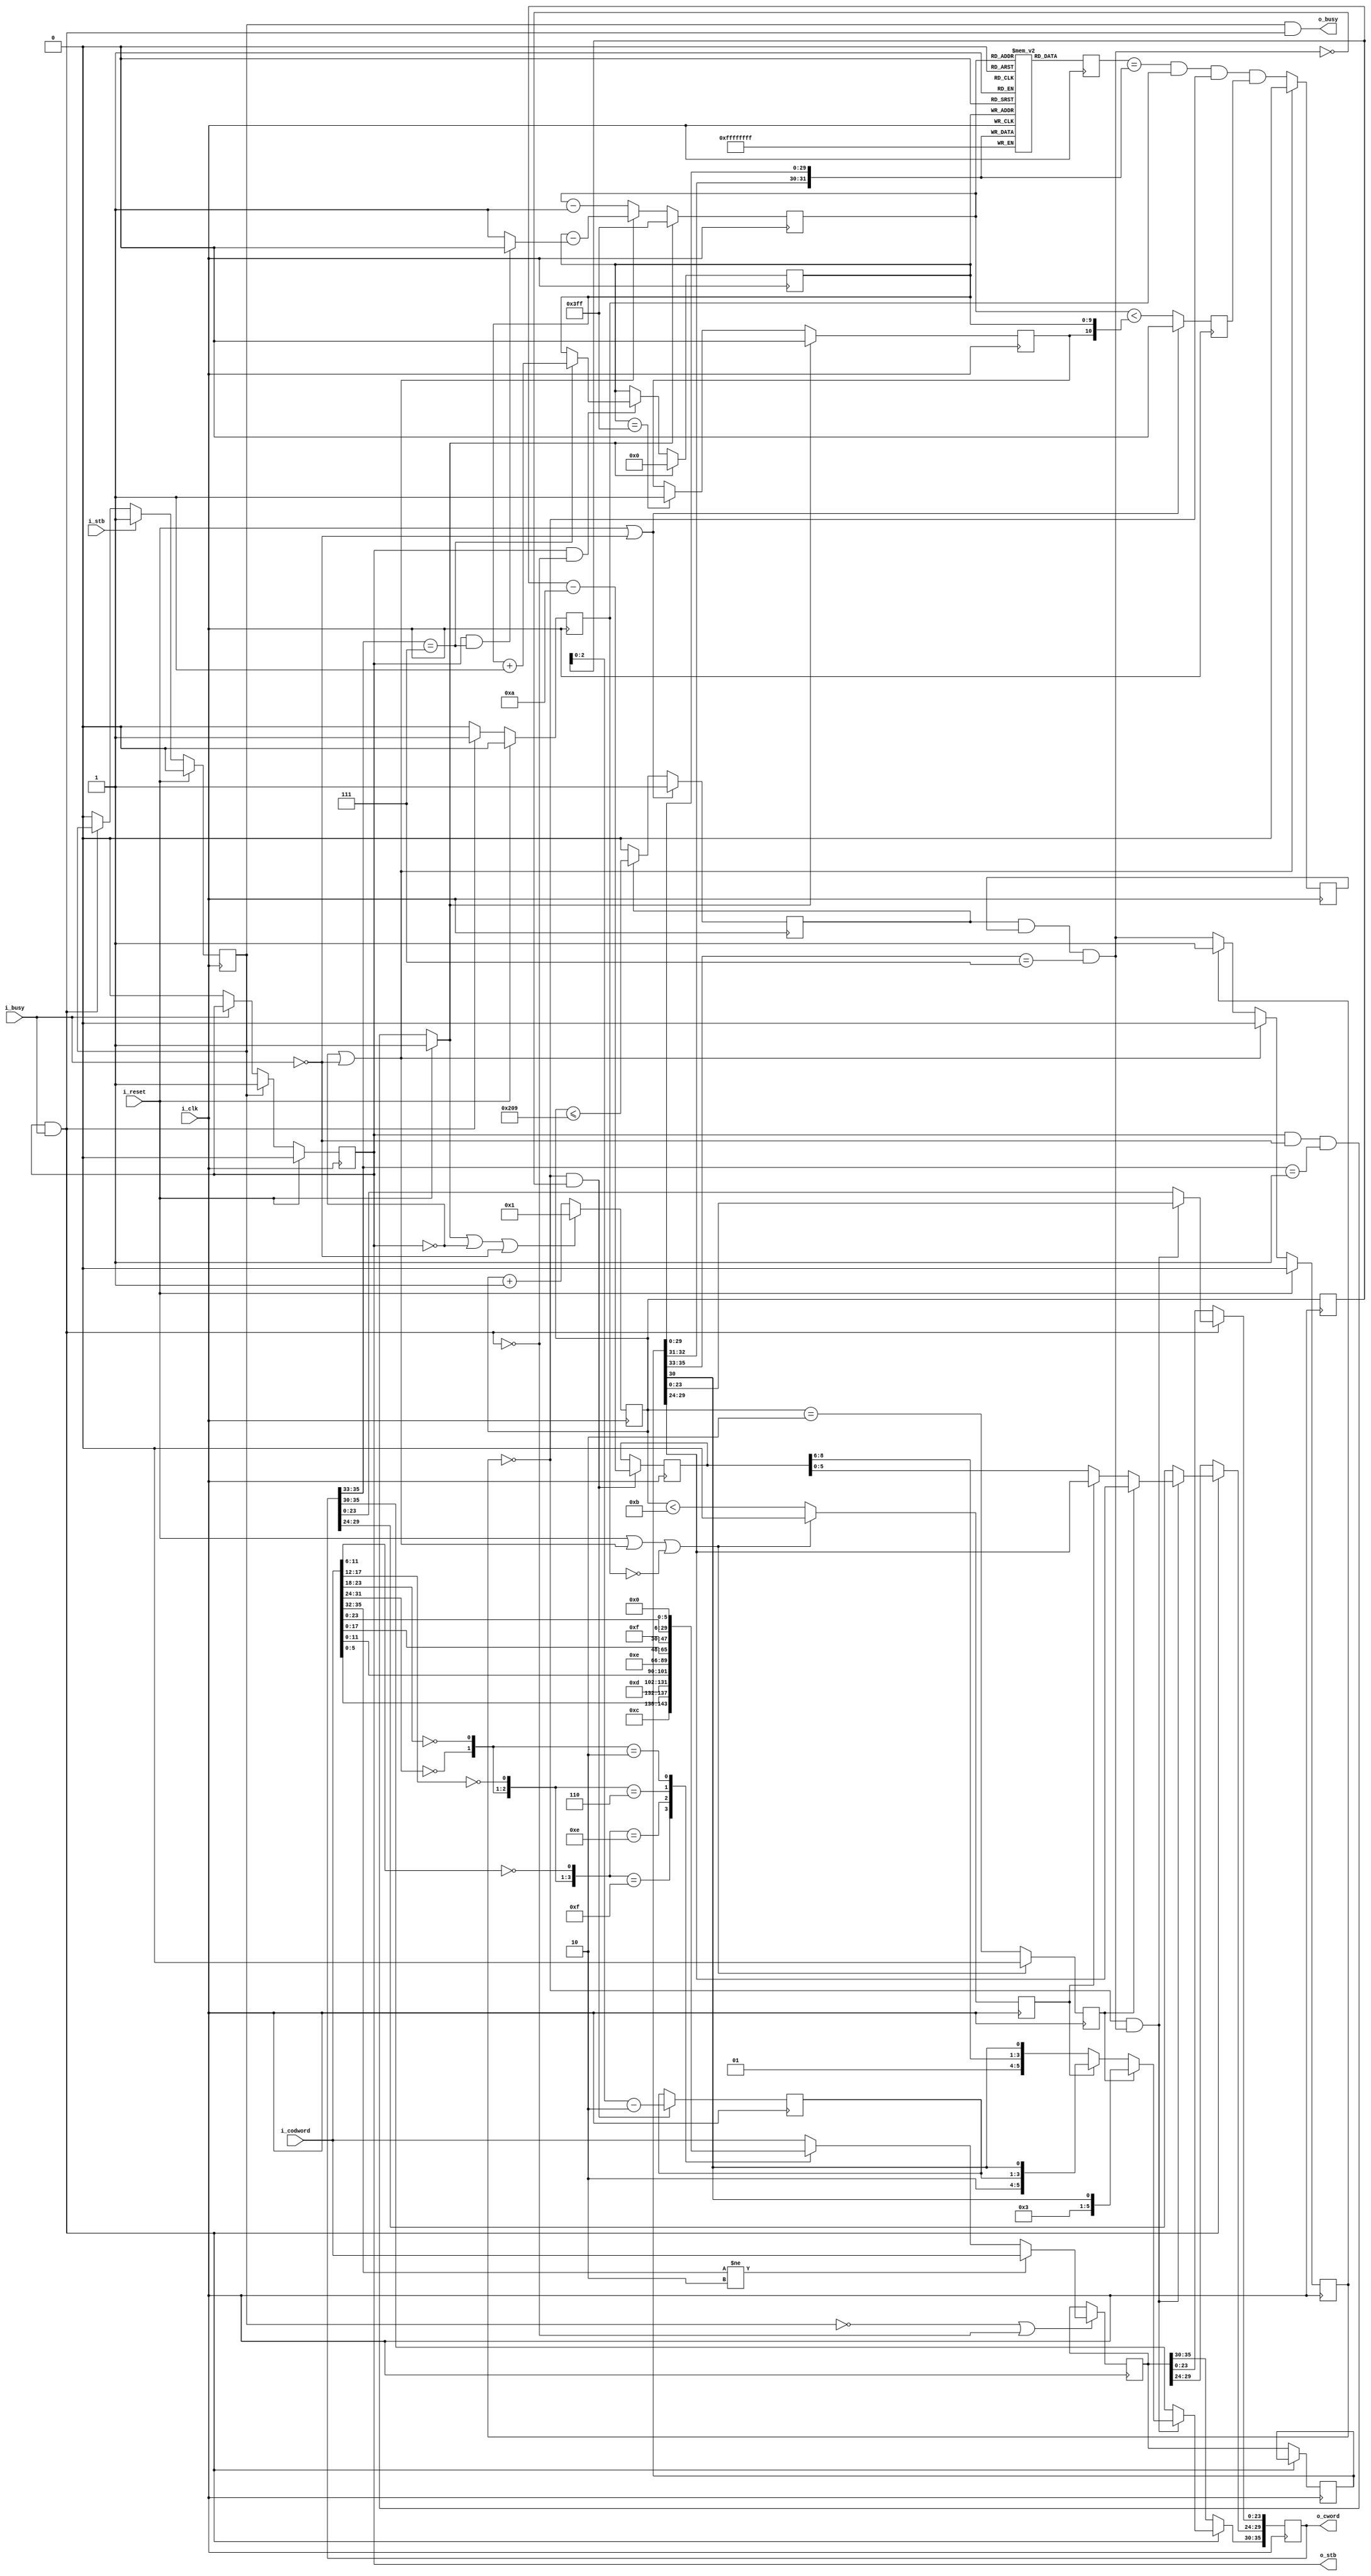
module	wbucompress(i_clk, i_reset, i_stb, i_codword, i_busy, o_stb, o_cword,
		o_busy);
	parameter	DW=32, CW=36, TBITS=10;
	input	wire			i_clk, i_reset, i_stb;
	input	wire	[(CW-1):0]	i_codword;
	input	wire			i_busy;
	output	reg			o_stb;
	output	wire	[(CW-1):0]	o_cword;
	output	wire			o_busy;

	//
	//
	// First stage is to compress the address.
	// This stage requires one clock.
	//
	//	ISTB,ICODWORD
	//	ISTB2,IWRD2	ASTB,AWORD
	//	ISTB3,IWRD3	ASTB2,AWRD2	I_BUSY(1)
	//	ISTB3,IWRD3	ASTB2,AWRD2	I_BUSY(1)
	//	ISTB3,IWRD3	ASTB2,AWRD2	I_BUSY(1)
	//	ISTB3,IWRD3	ASTB2,AWRD2
	//	ISTB4,IWRD4	ASTB3,AWRD3	I_BUSY(2)
	//	ISTB4,IWRD4	ASTB3,AWRD3	I_BUSY(2)
	//	ISTB4,IWRD4	ASTB3,AWRD3	I_BUSY(2)
	reg		aword_valid;
	reg	[35:0]	a_addrword;
	wire	[31:0]	w_addr;
	wire	[3:0]	addr_zcheck;
	reg		tbl_busy;

	////////////////////////////////////////////////////////////////////////
	//
	// Address compression stage
	//
	////////////////////////////////////////////////////////////////////////
	//
	//
	assign	w_addr = i_codword[31:0];
	assign	addr_zcheck[0] = (w_addr[11: 6] == 0);
	assign	addr_zcheck[1] = (w_addr[17:12] == 0);
	assign	addr_zcheck[2] = (w_addr[23:18] == 0);
	assign	addr_zcheck[3] = (w_addr[31:24] == 0);

	assign	o_busy = aword_valid && tbl_busy;

	always @(posedge i_clk)
	if (!aword_valid || !tbl_busy)
	begin
		if (i_codword[35:32] != 4'h2)
			a_addrword <= i_codword;
		else casez(addr_zcheck)
		4'b1111: a_addrword <= { 6'hc, w_addr[ 5:0], 24'h00 };
		4'b1110: a_addrword <= { 6'hd, w_addr[11:0], 18'h00 };
		4'b110?: a_addrword <= { 6'he, w_addr[17:0], 12'h00 };
		4'b10??: a_addrword <= { 6'hf, w_addr[23:0],  6'h00 };
		default: a_addrword <= i_codword;
		endcase
	end

	// aword_valid is the output of the address compression stage
	initial	aword_valid = 1'b0;
	always @(posedge i_clk)
	if (i_reset)
		aword_valid <= 1'b0;
	else if (i_stb)
		aword_valid <= 1'b1;
	else if (!tbl_busy)
		aword_valid <= 1'b0;

	////////////////////////////////////////////////////////////////////////
	wire			w_accepted;
	reg	[35:0]		r_word;
	reg	[(TBITS-1):0]	tbl_addr;
	reg			tbl_filled;
	reg	[31:0]		compression_tbl	[0:((1<<TBITS)-1)];
	reg	[(TBITS-1):0]	rd_addr;
	reg			pmatch;
	reg			dmatch, // Match, on clock 'd'
				vaddr;	// Was the address valid then?
	reg	[(DW-1):0]	cword;
	reg	[(TBITS-1):0]	maddr;
	reg			matched;	// Have we matched already?
	reg			zmatch, hmatch;
	reg	[9:0]		adr_dbld;
	reg	[2:0]		adr_hlfd;
	reg	[(CW-1):0]	r_cword; // Record our result
	reg	[TBITS-1:0]	dffaddr;
	reg			clear_table;
	reg			addr_within_table;
	wire			w_match;



	integer	k;

	//
	//
	// The next stage attempts to replace data codewords with previous
	// codewords that may have been sent.  The memory is only allowed
	// to be as old as the last new address command.  In this fashion,
	// any program that wishes to talk to the device can start with a
	// known compression table by simply setting the address and then
	// reading from the device.
	//

	// We start over any time a new value shows up, and
	// the follow-on isn't busy and can take it.  Likewise,
	// we reset the writer on the compression any time a
	// i_clr value comes through (i.e., ~i_cyc or new
	// address)

	assign	w_accepted = (o_stb)&&(!tbl_busy);
	always @(*)
		tbl_busy = (o_stb && i_busy);

	always @(posedge i_clk)
	if (!tbl_busy)
		r_word <= a_addrword;


	//
	// First step of the compression is keeping track of a compression
	// table.  And the first part of that is keeping track of what address
	// to write into the compression table, and whether or not the entire
	// table is full or not.  This logic follows:
	//
	// First part, write the compression table

	always @(*)
	if (i_reset)
		clear_table = 1;
	else begin
		// If we send a new address, then reset the table to empty
		//
		//
		// Reset on new address (0010xx) and on new compressed
		// addresses (0011ll).

		clear_table = (o_stb && !i_busy && (o_cword[35:33] == 3'b001));
	end

	initial	tbl_addr = 0;
	always @(posedge i_clk)
	if (clear_table)
		tbl_addr <= 0;
	else if (w_accepted)
	begin
		// Otherwise, on any valid return result that wasn't
		// from our table, for whatever reason (such as didn't
		// have the clocks to find it, etc.), increment the
		// address to add another value into our table
		if (o_cword[35:33] == 3'b111)
			tbl_addr <= tbl_addr + {{(TBITS-1){1'b0}},1'b1};
	end

	initial	tbl_filled = 1'b0;
	always @(posedge i_clk)
	if (clear_table)
		tbl_filled <= 1'b0;
	else if (tbl_addr == 10'h3ff)
		tbl_filled <= 1'b1;

	// Now that we know where we are writing into the table, and what
	// values of the table are valid, we need to actually write into
	// the table.
	//
	// We can keep this logic really simple by writing on every clock
	// and writing junk on many of those clocks, but we'll need to remember
	// that the value of the table at tbl_addr is unreliable until tbl_addr
	// changes.
	//
	initial begin
		for(k=0; k<(1<<TBITS); k=k+1)
			compression_tbl[k] = 0;
	end

	// Write new values into the compression table
	always @(posedge i_clk)
		compression_tbl[tbl_addr] <= { r_word[32:31], r_word[29:0] };

	// Now that we have a working table, can we use it?
	// On any new word, we'll start looking through our codewords.
	// If we find any that matches, we're there.  We might (or might not)
	// make it through the table first.  That's irrelevant.  We just look
	// while we can.

	initial	rd_addr = 0;
	always @(posedge i_clk)
	if (clear_table)
	begin
		rd_addr <= -1;
	end else if (!o_stb || !i_busy)
	begin
		rd_addr <= tbl_addr-((o_stb && o_cword[35:33] == 3'b111)? 0:1);
	end else begin
		rd_addr <= rd_addr - 1;
	end

	initial	dmatch = 0;
	always @(posedge i_clk)
		// First clock, read the value from the compression table
		cword <= compression_tbl[rd_addr];

	always @(posedge i_clk)
	begin
		// Second clock, check for a match
		dmatch <= (cword == { r_word[32:31], r_word[29:0] })
				&& pmatch && !matched && vaddr;
		maddr  <= dffaddr;

		if (!o_stb || !i_busy)
			dmatch <= 1'b0;
	end

	//
	// The address difference is what we'll use to encode our table
	// address.  It's designed to match tbl_addr - rd_addr.  The smallest
	// valid dffaddr is 1, since tbl_addr is a junk address written on
	// every clock.
	initial	dffaddr = 0;
	always @(posedge i_clk)
	if (clear_table || !o_stb || !i_busy)
		dffaddr <= 1;
	else
		dffaddr <= dffaddr + 1;

	//
	// Is the value within the table even valid?  Let's check that here.
	// It will be valid if the read address is strictly less than the
	// table address (in an unsigned way).  However, our table address
	// wraps.  Therefore we used tbl_filled to tell us if the table
	// address has wrapped, and in that case the address will always
	// have valid information within it.
	initial	vaddr = 0;
	always @(posedge i_clk)
	if (i_reset || !i_busy)
		vaddr <= 0;
	else
		vaddr <= ( {1'b0, rd_addr} < {tbl_filled, tbl_addr} );

	//
	// Is our address (indicated by the address difference, dffaddr),
	// within the realm of what we can represent/return?  Likewise, if we
	// wander outside of the realms of our table, make sure we don't
	// come back in and declare a success.
	initial	addr_within_table = 1;
	always @(posedge i_clk)
	if (i_reset || !i_busy)
		addr_within_table <= 1;
	else if (addr_within_table)
		addr_within_table <= (dffaddr <= 10'd521);


	// pmatch indicates a *possible* match.  It's basically a shift
	// register indicating what/when things are valid--or at least it
	// was.  As of the last round of editing, pmatch is now only a single
	// valid bit.
	//
	initial	pmatch = 0;
	always @(posedge i_clk)
	if (i_reset)
		pmatch <= 0;
	else if (!tbl_busy)
		pmatch <= 0; // rd_addr is set on this clock
	else
		// cword is set on the next clock, pmatch = 3'b001
		// dmatch is set on the next clock, pmatch = 3'b011
		pmatch <= 1;

	assign	w_match = (addr_within_table && dmatch && r_word[35:33]==3'b111);

	//
	// matched records whether or not we've already matched, and so we
	// shouldn't therefore match again.
	//
	initial	matched = 0;
	always @(posedge i_clk)
	if (i_reset)
		matched <= 0;
	else if (!i_busy || !o_stb)	// Reset upon any write
		matched <= 1'b0;
	else if (!matched)
		// To be a match, the table must not be empty,
		matched <= w_match;

	//
	// zmatch and hmatch are address helper values.  They tell us if the
	// current item we are matching is the last item written (zmatch), one
	// of the last nine items written (hmatch), or none of the above--since
	// each of these have different encodings
	initial	{ zmatch, hmatch } = 0;
	always @(posedge i_clk)
	if (i_reset || (!o_stb || !i_busy) || !pmatch)
		{ zmatch, hmatch } <= 0;
	else begin
		zmatch    <= (dffaddr == 10'h2);
		hmatch    <= (dffaddr < 10'd11);
	end

	//
	// matchaddr holds the value we intend to encode into the table
	//
	always @(posedge i_clk)
	if (!matched && !w_match)
	begin
		// Since optimizing the core, it's no longer needed.  We'll
		// reconstruct it in the formal properties as f_matchaddr
		// matchaddr <= maddr;

		// Calcualte our encodings
		adr_hlfd <= maddr[2:0]- 3'd2;
		adr_dbld <= maddr - 10'd10;
	end

	always @(posedge i_clk)
	if (!tbl_busy)		// Reset whenever word gets written
		r_cword <= a_addrword;
	else if (!matched && w_match)
	begin
		r_cword <= r_word;
		if (zmatch) // matchaddr == 1
			r_cword[35:30] <= { 5'h3, r_word[30] };
		else if (hmatch) // 2 <= matchaddr <= 9
			r_cword[35:30] <= { 2'b10, adr_hlfd, r_word[30] };
		else // if (adr_diff < 10'd521)
			r_cword[35:24] <= { 2'b01, adr_dbld[8:6],
					r_word[30], adr_dbld[5:0] };
	end

	initial	o_stb = 0;
	always @(posedge i_clk)
	if (i_reset)
		o_stb <= 0;
	else if (aword_valid)
		o_stb <= 1;
	else if (!i_busy)
		o_stb <= 0;

	assign	o_cword = r_cword;

	// Make verilator happy
	// verilator lint_off UNUSED
	wire	unused;
	assign	unused = adr_dbld[9];
	// verilator lint_on  UNUSED

`ifdef	FORMAL
// Formal properties for this module are maintained elsewhere
`endif
endmodule